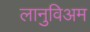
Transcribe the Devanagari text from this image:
लानुविअम